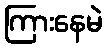
ကြားနေမဲ